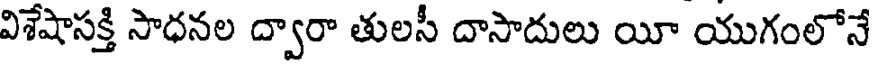
విశేషాసక్తి సాధనల ద్వారా తులసీ దాసాదులు యీ యుగంలోనే